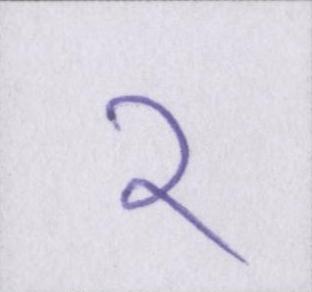
२